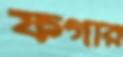
ফগার